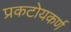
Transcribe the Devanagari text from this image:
प्रकटोयकर्ण